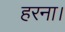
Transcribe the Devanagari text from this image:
हरना।